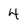
Character: 4